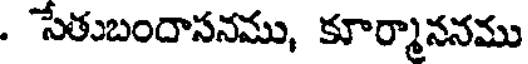
. సేతుబందాసనము, కూర్మాననము